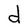
Character: d